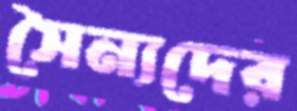
সৈন্যদের